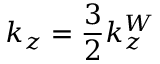
k _ { z } = \frac { 3 } { 2 } k _ { z } ^ { W }